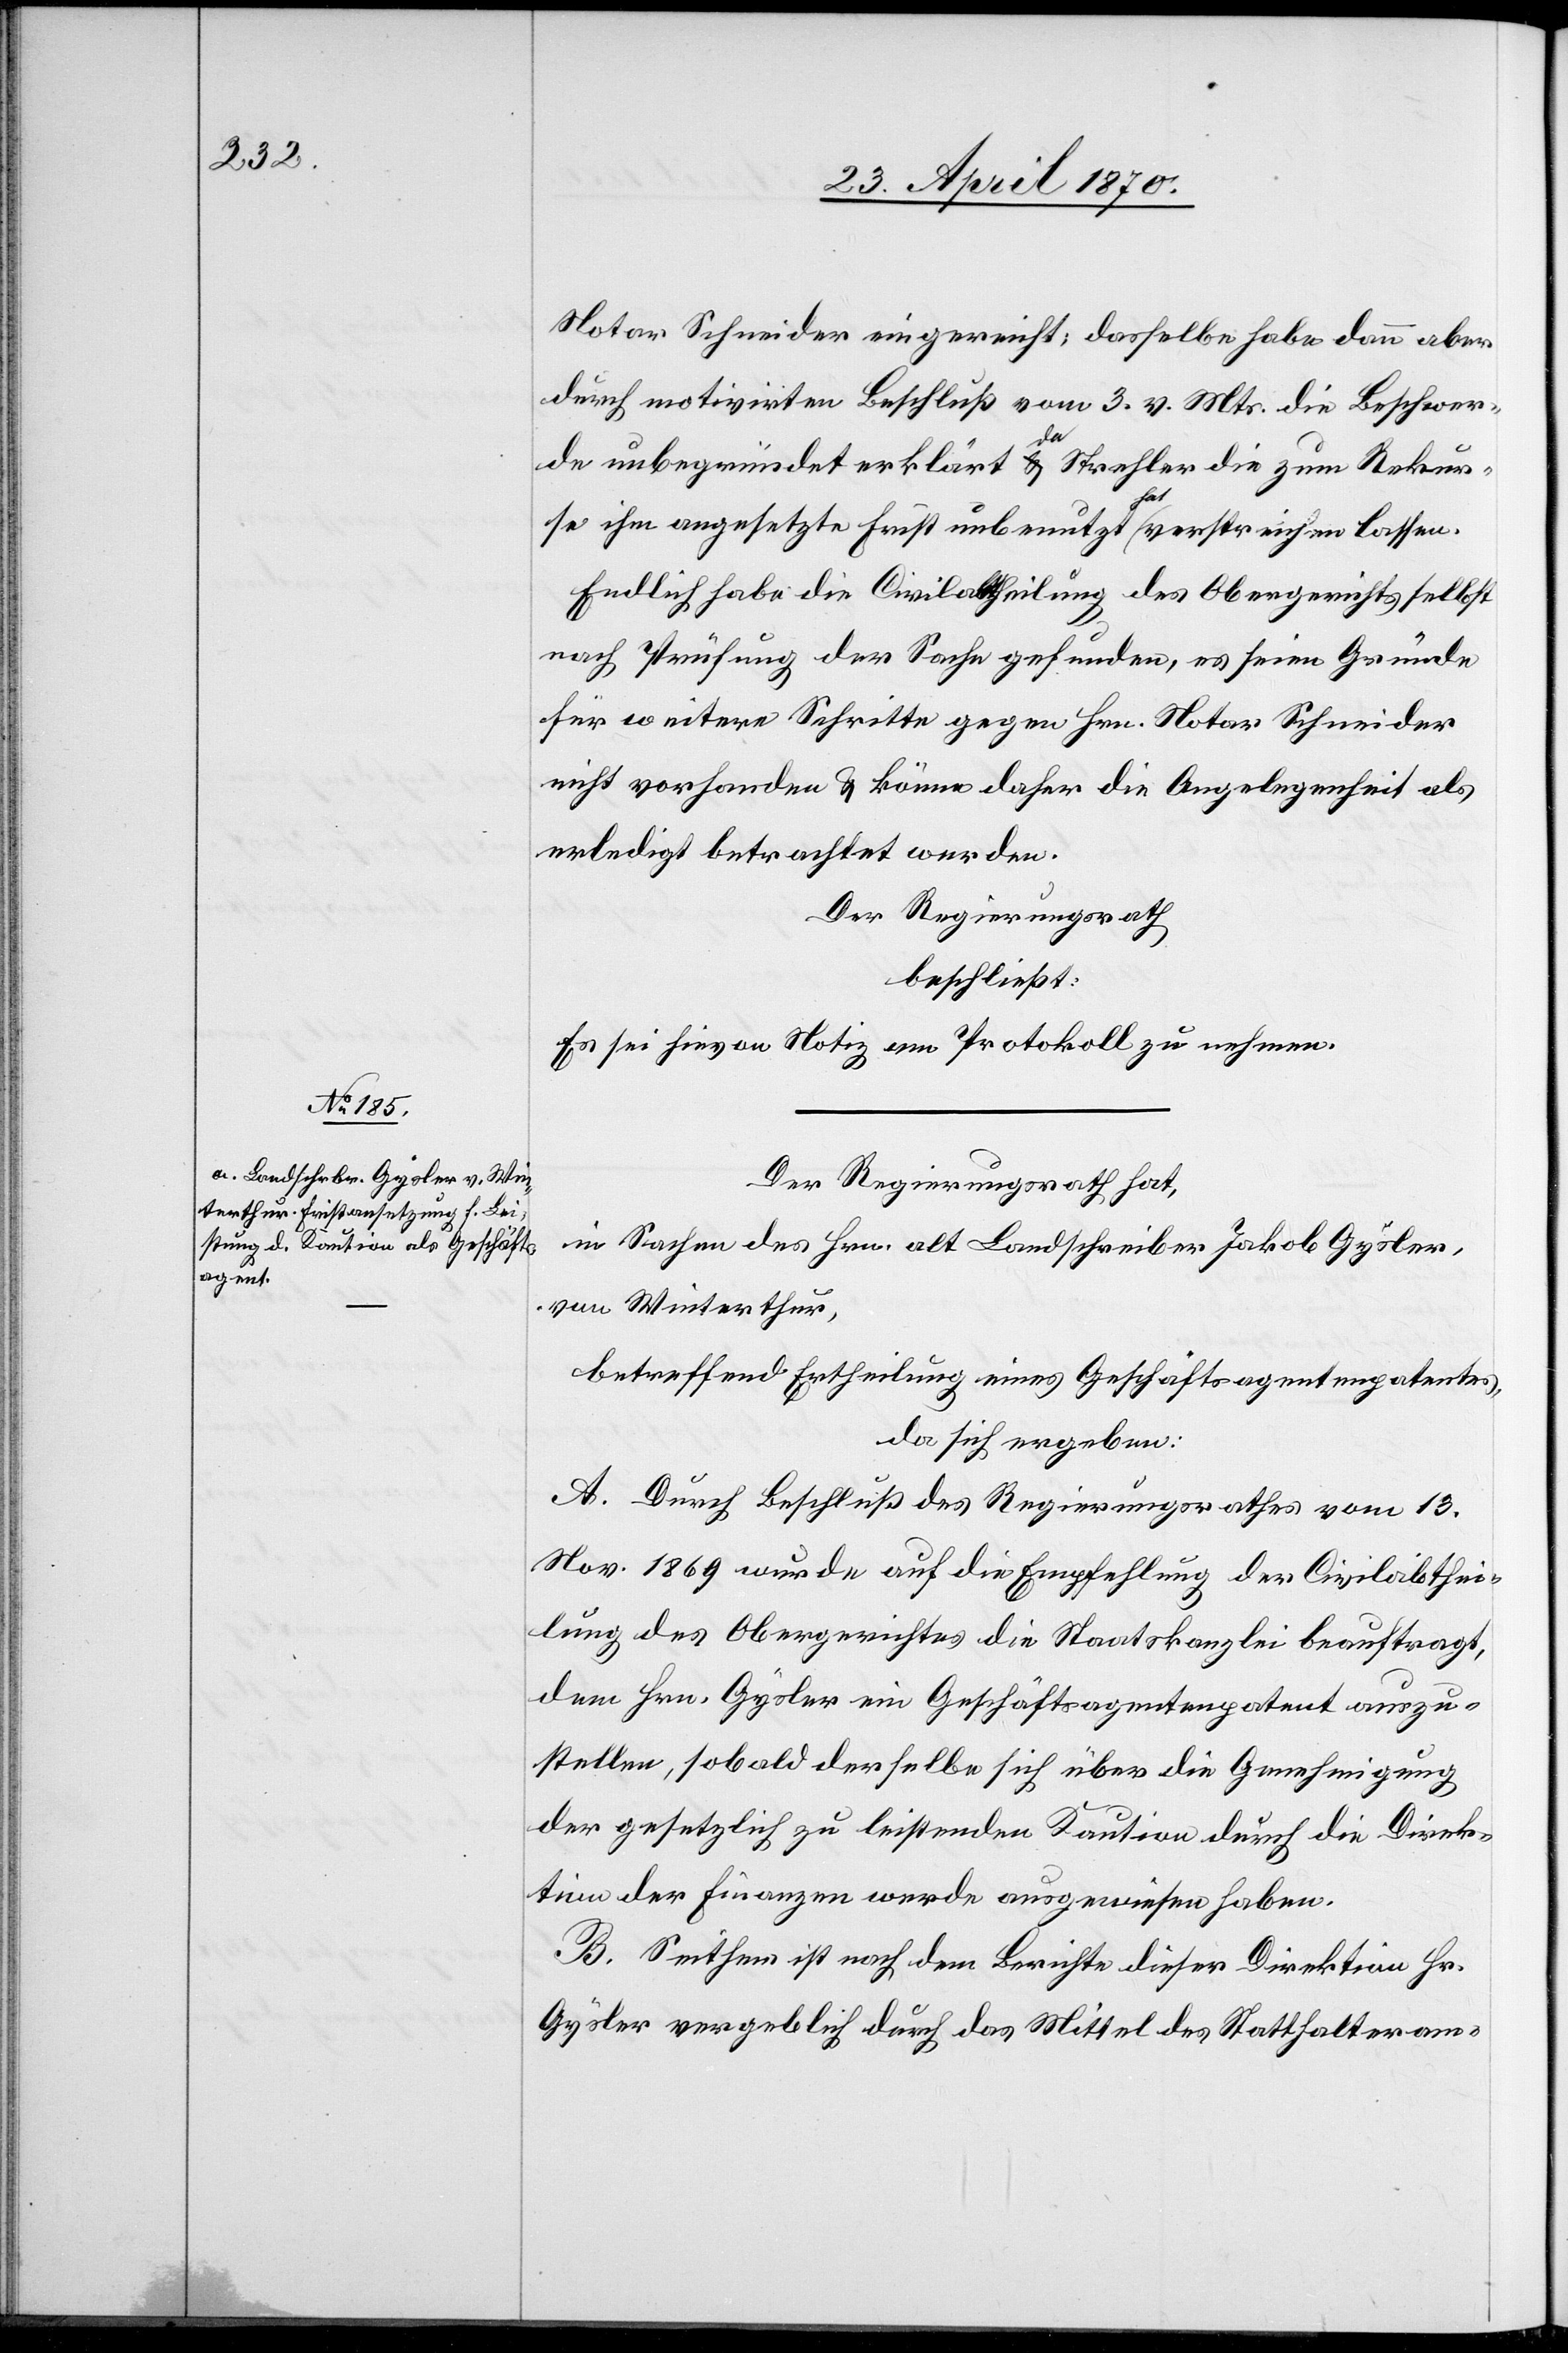
Notar Schneider eingereicht; dasselbe habe dann aber
durch motivirten Beschluß vom 3. v. Mts. die Beschwer¬
de unbegründet erklärt[,] da Strehler die zum Rekur¬
se ihm angesetzte Frist unbenutzt hat verstreichen lassen.
Endlich habe die Civilabtheilung des Obergerichts selbst
nach Prüfung der Sache gefunden, es seien Gründe
für weitere Schritte gegen Hrn. Notar Schneider
nicht vorhanden & könne daher die Angelegenheit als
erledigt betrachtet werden.
Der Regierungsrath
beschließt:
Es sei hievon Notiz am Protokoll zu nehmen.
Der Regierungsrath hat,
in Sachen des Hrn. alt Landschreiber Jakob Gysler,
von Winterthur,
betreffend Ertheilung eines Geschäftsagentenpatentes,
da sich ergeben:
A. Durch Beschluß des Regierungsrathes vom 13.
Nov. 1869 wurde auf die Empfehlung der Civilabthei¬
lung des Obergerichtes die Staatskanzlei beauftragt,
dem Hrn. Gysler ein Geschäftsagentenpatent auszu¬
stellen, sobald derselbe sich über die Genehmigung
der gesetzlich zu leistenden Kaution durch die Direk¬
tion der Finanzen werde ausgewiesen haben.
B. Seither ist nach dem Berichte dieser Direktion Hr.
Gysler vergeblich durch das Mittel des Statthalteram-